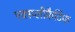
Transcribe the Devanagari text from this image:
एक्स्प्लीकैटिफ